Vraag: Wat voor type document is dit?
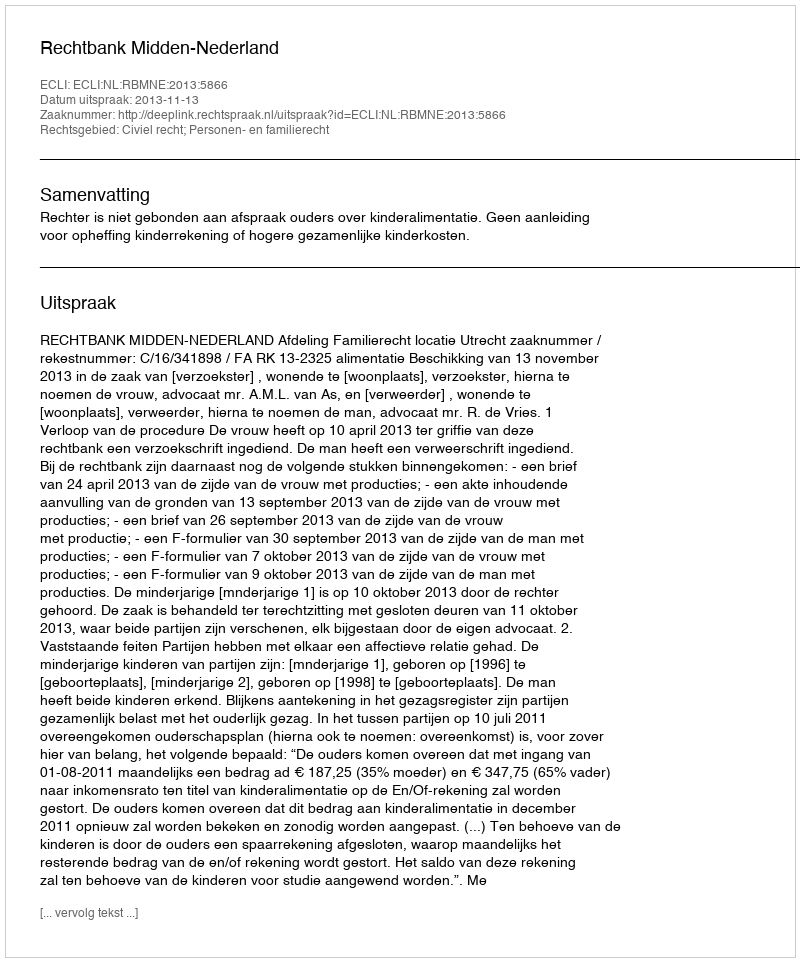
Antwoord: Uitspraak